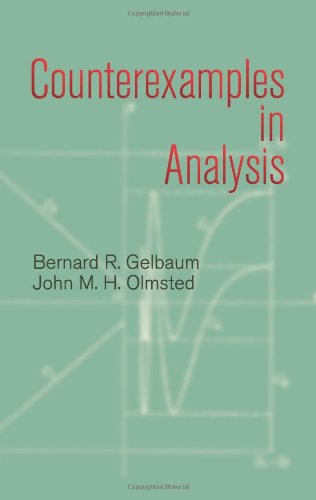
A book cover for Counterexamples in Analysis (Dover Books on Mathematics); Bernard R. Gelbaum; Science & Math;